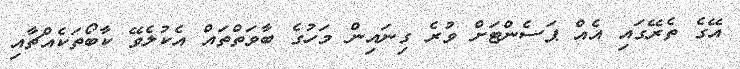
އޭގެ ތެރޭގައި އެއް ޕަސެންޓަށް ވުރެ ގިނައިން މަހުގެ ބާވަތްތައް އެކުލެވޭ ކާބޯތަކެއްޗާއި